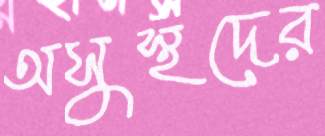
অসুস্থদের